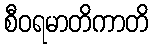
စီဝရမာတိကာတိ